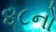
૪૮નો